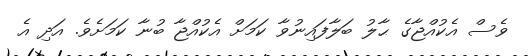
ވެސް އެކުއްޖާގެ ޙާލު ބަލާފައިނުވާ ކަމަށް އެކުއްޖާ ބުނާ ކަމަށެވެ. އަދި އެ